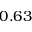
0 . 6 3